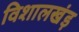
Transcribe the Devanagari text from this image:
विशालखंड़